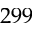
2 9 9